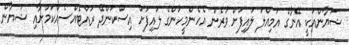
ޝަޔާންއަކީ އޭނާގެ އަމިއްލަ ލައިފަށް ވުރެން އެހެންމީހުންގެ ލައިފަށް އިސްކަންދޭ ރައްޓެއްސެއްކަމަށާއި ޝަޔާން